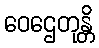
ဝေဌေတုန္တိ